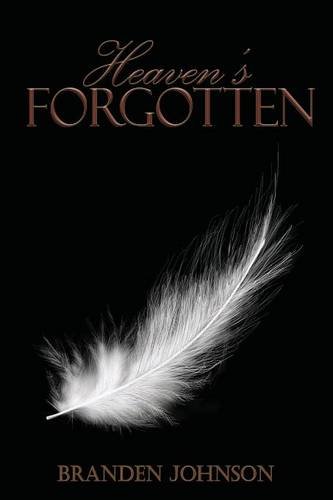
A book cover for Heaven's Forgotten; Branden Johnson; Science Fiction & Fantasy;